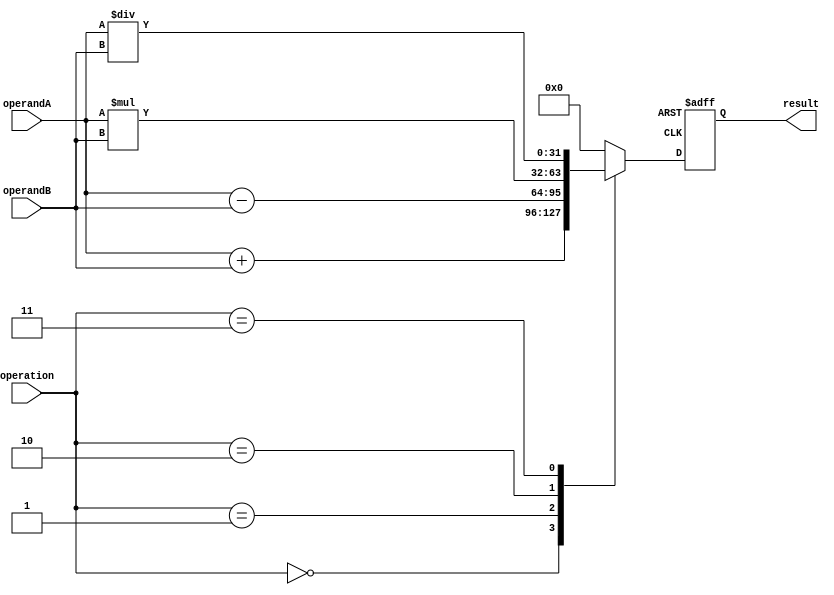
module alu(
    input wire [31:0] operandA,
    input wire [31:0] operandB,
    input wire [2:0] operation, // 0: addition, 1: subtraction, 2: multiplication, 3: division
    output reg [31:0] result
);

reg [31:0] temp_result;

always @(*)
begin
    case(operation)
        3'b000: temp_result = operandA + operandB; // addition
        3'b001: temp_result = operandA - operandB; // subtraction
        3'b010: temp_result = operandA * operandB; // multiplication
        3'b011: temp_result = operandA / operandB; // division
        default: temp_result = 32'h00000000; // default case
    endcase
end

always @(posedge clk or negedge rst)
begin
    if(!rst)
        result <= 32'h00000000;
    else
        result <= temp_result;
end

endmodule